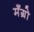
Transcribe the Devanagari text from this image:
मँग्रो